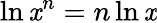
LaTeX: \ln\mathit{x}^{n}=n\ln\mathit{x}